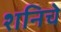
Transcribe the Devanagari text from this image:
शनिचे